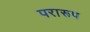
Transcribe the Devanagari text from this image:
परारूप